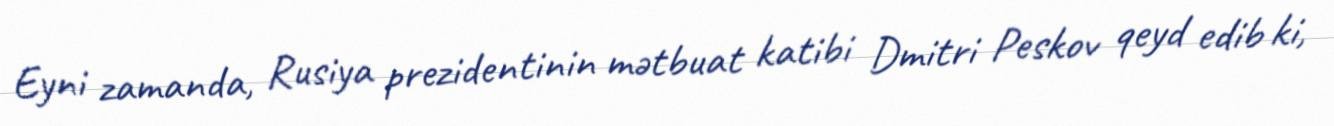
Eyni zamanda, Rusiya prezidentinin mətbuat katibi Dmitri Peskov qeyd edib ki,